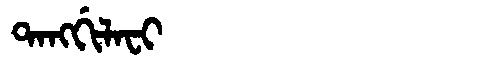
Manchu: ᡨᠠᠩᡤᡳᠯᠠᠸᡳ
Romanization: TANGGILAFI